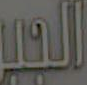
الجبير